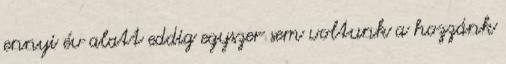
ennyi év alatt eddig egyszer sem voltunk a hozzánk